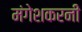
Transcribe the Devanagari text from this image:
मंगेशकरनी